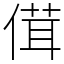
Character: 傇